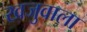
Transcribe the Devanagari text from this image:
खजुवाला